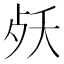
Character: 𣧕